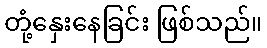
တုံ့နှေးနေခြင်း ဖြစ်သည်။